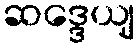
ဆဒ္ဒေယျ